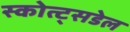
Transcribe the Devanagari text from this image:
स्कोत्ट्सडेल